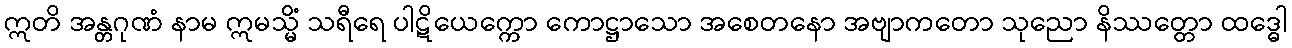
ဣတိ အန္တဂုဏံ နာမ ဣမသ္မိံ သရီရေ ပါဋိယေက္ကော ကောဋ္ဌာသော အစေတနော အဗျာကတော သုညော နိဿတ္တော ထဒ္ဓေါ